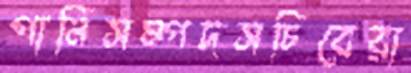
পানিসম্পদসচিবেরা